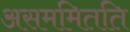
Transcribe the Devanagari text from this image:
असममितति